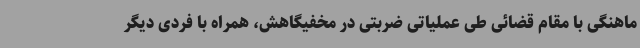
ماهنگی با مقام قضائی طی عملیاتی ضربتی در مخفیگاهش، همراه با فردی دیگر